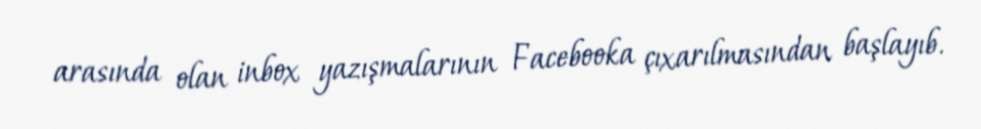
arasında olan inbox yazışmalarının Facebooka çıxarılmasından başlayıb.